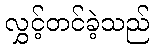
လွှင့်တင်ခဲ့သည်